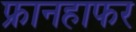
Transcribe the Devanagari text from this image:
फ्रानहाफर